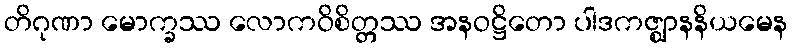
တိဂုဏာ မောက္ခဿ လောကဝိစိတ္တဿ အနဝဋ္ဌိတော ပါဒကဇ္ဈာနနိယမေန